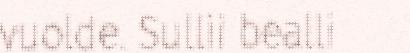
vuolde. Sullii bealli